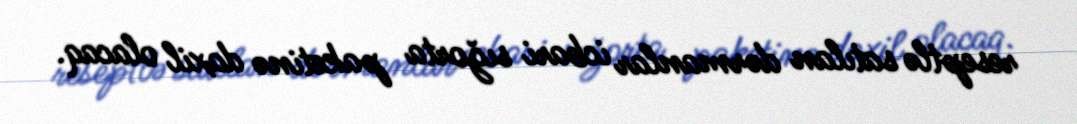
reseptlə satılan dərmanlar icbari sığorta paketinə daxil olacaq.